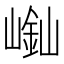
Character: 𡻿